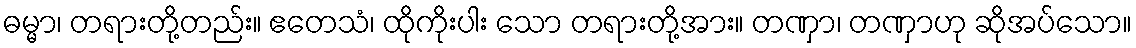
ဓမ္မာ၊ တရားတို့တည်း။ ဧတေသံ၊ ထိုကိုးပါး သော တရားတို့အား။ တဏှာ၊ တဏှာဟု ဆိုအပ်သော။